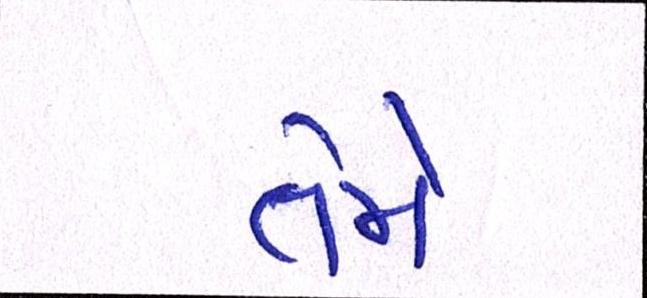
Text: તેમે